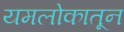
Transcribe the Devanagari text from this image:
यमलोकातून